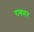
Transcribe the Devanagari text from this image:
रायमर